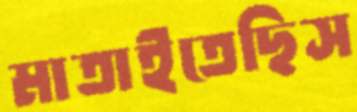
মাতাইতেছিস